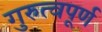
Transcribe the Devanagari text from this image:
गुरुत्वपूर्ण